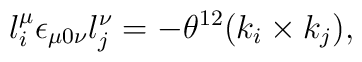
l_i^\mu \epsilon_{\mu 0 \nu} l_j^\nu  = -\theta^{12} (k_i \times k_j),